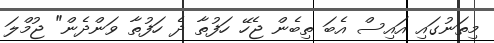
މިތަނުގައި އައިސް އެބަ ތިބެން ޖެހޭ ހަފުތާ ދެ ހަފުތާ ވަންދެން" ޖުމްލަ